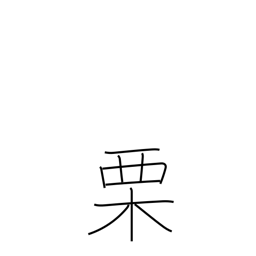
Meaning: chestnut